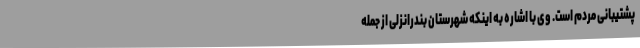
پشتیبانی مردم است. وی با اشاره به اینکه شهرستان بندرانزلی از جمله